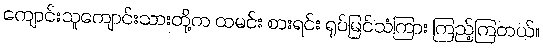
ကျောင်းသူကျောင်းသားတို့က ထမင်း စားရင်း ရုပ်မြင်သံကြား ကြည့်ကြတယ်။